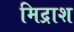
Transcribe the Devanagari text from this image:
मिद्राश